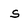
Character: s